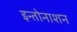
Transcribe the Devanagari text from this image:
इन्तोनाशन